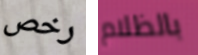
رخص بالظلام